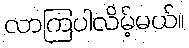
လာကြပါလိမ့်မယ်။